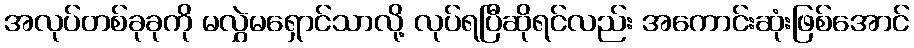
အလုပ်တစ်ခုခုကို မလွှဲမရှောင်သာလို့ လုပ်ရပြီဆိုရင်လည်း အကောင်းဆုံးဖြစ်အောင်